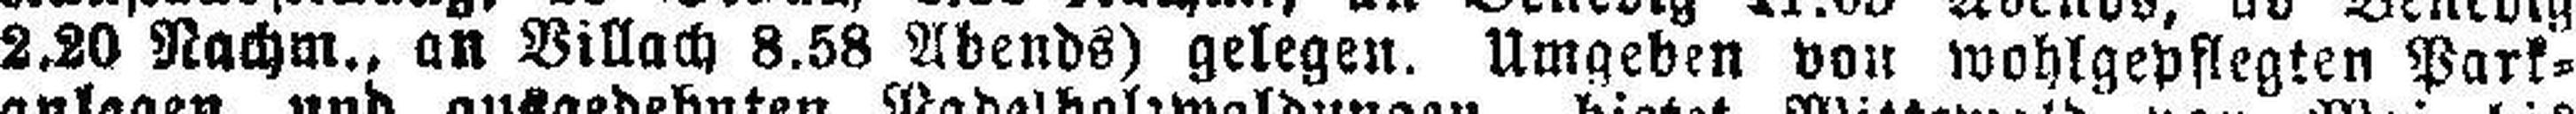
2,20 Nachm., an Villach 8.58 Abends) gelegen. Umgeben von wohlgepflegten Park¬